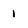
Character: i